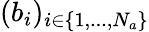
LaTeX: (b_{i})_{i\in\{ 1,...,N_{a}\} }